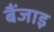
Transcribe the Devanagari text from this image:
बैंजाइ